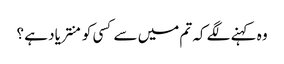
وہ کہنے لگے کہ تم میں سے کسی کو منتر یاد ہے ؟